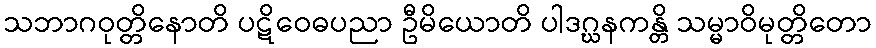
သဘာဂဝုတ္တိနောတိ ပဋိဝေဓပညာ ဦမိယောတိ ပါဒဂ္ဃနကန္တိ သမ္မာဝိမုတ္တိတော